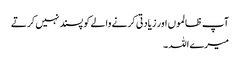
آپ ظالموں اور زیادتی کرنے والے کو پسند نہیں کرتے
میرے اللہ ۔